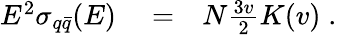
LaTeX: \begin{array}{rlr}{E^{2}\sigma_{q\bar{q}}(E)}&{{}=}&{N\frac{3v}{2}K(v)\; .}\end{array}